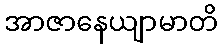
အာဇာနေယျာမာတိ